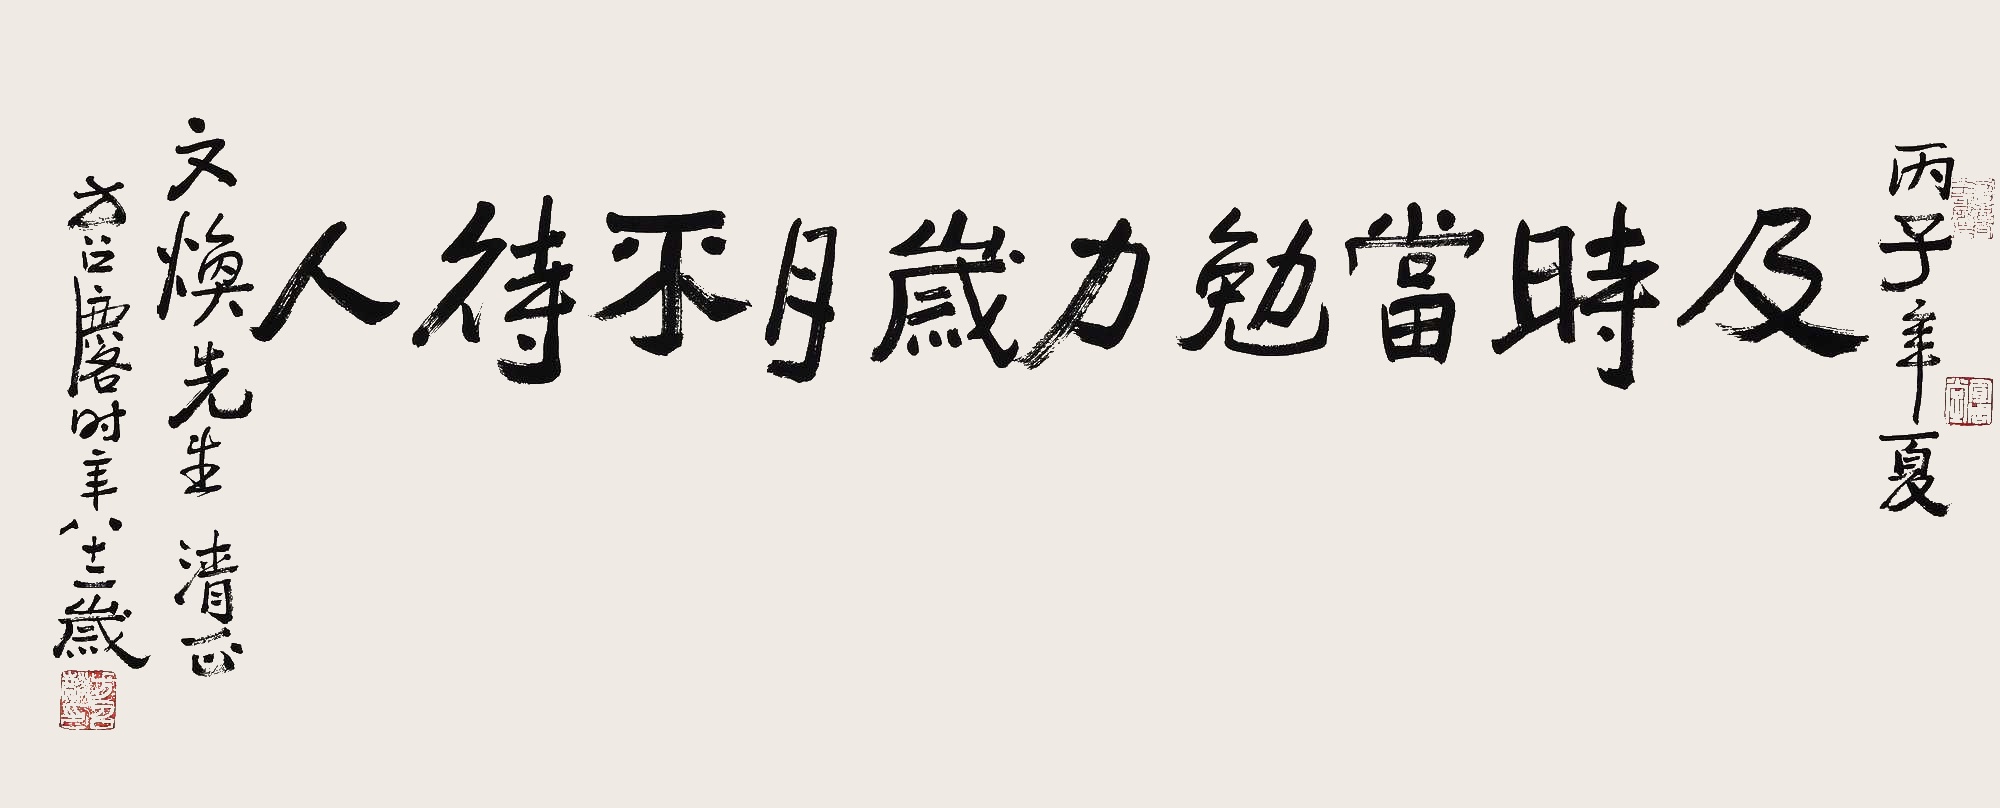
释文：及时当勉励，岁月不待人。丙子年夏，文焕先生清正。方召麐时年八十二岁。